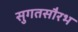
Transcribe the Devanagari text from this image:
सुगतसौरभ